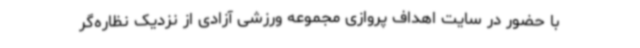
با حضور در سایت اهداف پروازی مجموعه ورزشی آزادی از نزدیک نظاره‌گر